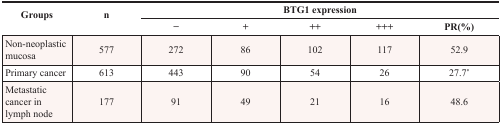
| <ROWSPAN=2> Groups | <ROWSPAN=2> n | <COLSPAN=5> BTG1 expression |
 | − | + | ++ | +++ | PR(%) |
 | --- | --- | --- | --- | --- | --- | --- |
 | Non-neoplastic mucosa | 577 | 272 | 86 | 102 | 117 | 52.9 |
 | Primary cancer | 613 | 443 | 90 | 54 | 26 | 27.7* |
 | Metastatic cancer in lymph node | 177 | 91 | 49 | 21 | 16 | 48.6 |